Report on vaccination in the Province of Bengal - 1869-1873
Year: 1869
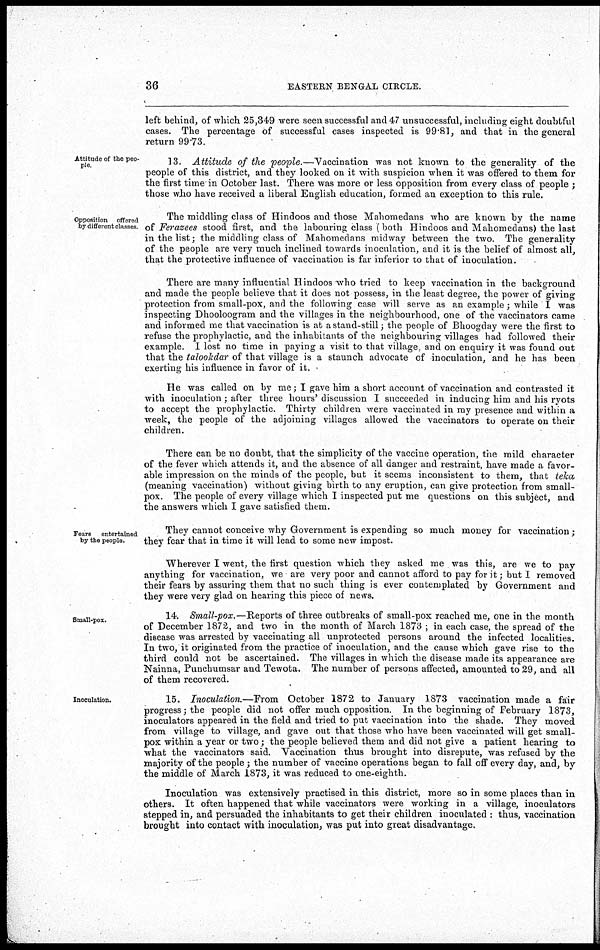
36
EASTERN BENGAL CIRCLE.
left behind, of which 25,349 were seen successful and 47 unsuccessful, including eight doubtful
cases. The percentage of successful cases inspected is 99.81, and that in the general
return 99.73.
Attitude of the peo-
ple
13. Attitude of the people.—Vaccination was not known to the generality of the
people of this district, and they looked on it with suspicion when it was offered to them for
the first time in October last. There was more or less opposition from every class of people ;
those who have received a liberal English education, formed an exception to this rule.
Opposition offered
by different classes.
The middling class of Hindoos and those Mahomedans who are known by the name
of Ferazees stood first, and the labouring class (both Hindoos and Mahomedans) the last
in the list; the middling class of Mahomedans midway between the two. The generality
of the people are very much inclined towards inoculation, and it is the belief of almost all,
that the protective influence of vaccination is far inferior to that of inoculation.
There are many influential Hindoos who tried to keep vaccination in the background
and made the people believe that it does not possess, in the least degree, the power of giving
protection from small-pox, and the following case will serve as an example; while I was
inspecting Dhooloogram and the villages in the neighbourhood, one of "the vaccinators came
and informed me that vaccination is at a stand-still; the people of Bhoogday were the first to
refuse the prophylactic, and the inhabitants of the neighbouring villages had followed their
example. I lost no time in paying a visit to that village, and on enquiry it was found out
that the talookdar of that village is a staunch advocate of inoculation, and he has been
exerting his influence in favor of it.
He was called on by me; I gave him a short account of vaccination and contrasted it
with inoculation; after three hours' discussion I succeeded in inducing him and his ryots
to accept the prophylactic. Thirty children were vaccinated in my presence and within a
week, the people of the adjoining villages allowed the vaccinators to operate on their
children.
There can be no doubt, that the simplicity of the vaccine operation, the mild character
of the fever which attends it, and the absence of all danger and restraint, have made a favor-
able impression on the minds of the people, but it seems inconsistent to them, that teka
(meaning vaccination) without giving birth to any eruption, can give protection from small-
pox. The people of every village which I inspected put me questions on this subject, and
the answers which I gave satisfied them.
Fears
entertained
by the people.
They cannot conceive why Government is expending so much money for vaccination;
they fear that in time it will lead to some new impost.
Wherever I went, the first question which they asked me was this, are we to pay
anything for vaccination, we are very poor and cannot afford to pay for it; but I removed
their fears by assuring them that no such thing is ever contemplated by Government and
they were very glad on hearing this piece of news.
Small-pox.
14. Small-pox.—Reports of three outbreaks of small-pox reached me, one in the month
of December 1872, and two in the month of March 1873 ; in each case, the spread of the
disease was arrested by vaccinating all unprotected persons around the infected localities.
In two, it originated from the practice of inoculation, and the cause which gave rise to the
third could not be ascertained. The villages in which the disease made its appearance are
Nainna, Punchumsar and Tewota. The number of persons affected, amounted to 29, and all
of them recovered.
Inoculation.
15. Inoculation.—From October 1872 to January 1873 vaccination made a fair
progress; the people did not offer much opposition. In the beginning of February 1873,
inoculators appeared in the field and tried to put vaccination into the shade. They moved
from village to village, and gave out that those who have been vaccinated will get small-
pox within a year or two; the people believed them and did not give a patient hearing to
what the vaccinators said. Vaccination thus brought into disrepute, was refused by the
majority of the people; the number of vaccine operations began to fall off every day, and, by
the middle of March 1873, it was reduced to one-eighth.
Inoculation was extensively practised in this district, more so in some places than in
others. It often happened that while vaccinators were working in a village, inoculators
stepped in, and persuaded the inhabitants to get their children inoculated : thus, vaccination
brought into contact with inoculation, was put into great disadvantage.